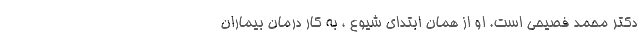
دکتر محمد فصيحي است. او از همان ابتدای شیوع ، به کار درمان بیماران